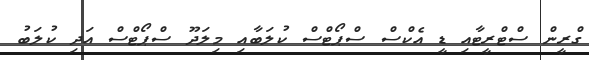
ގްރީން ސްޓްރީޓާއި ޑީ އެކްސް ސްޕޯޓްސް ކުލަބާއި މިލަދޫ ސްޕޯޓްސް އަދި ކުލަބު